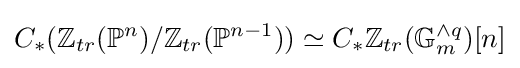
C_{*}(\mathbb {Z} _{tr}(\mathbb {P} ^{n})/\mathbb {Z} _{tr}(\mathbb {P} ^{n-1}))\simeq C_{*}\mathbb {Z} _{tr}(\mathbb {G} _{m}^{\wedge q})[n]